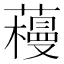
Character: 𰲌